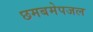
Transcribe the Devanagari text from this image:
छमबमेपजल